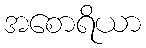
အစောရိယာ